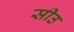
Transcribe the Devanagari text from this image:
सीउ